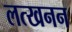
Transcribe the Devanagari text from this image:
लत्खनन